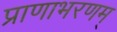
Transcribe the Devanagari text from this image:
प्राणाभरणम्‌